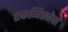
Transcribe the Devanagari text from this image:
एकनिष्ठतेचा